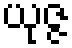
ယုဇ္ဇ